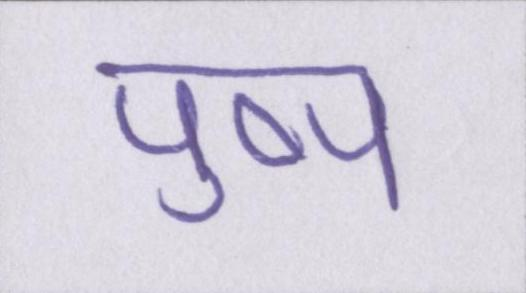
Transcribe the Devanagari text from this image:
पुष्प